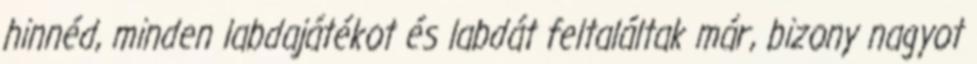
hinnéd, minden labdajátékot és labdát feltaláltak már, bizony nagyot